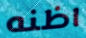
اظنه